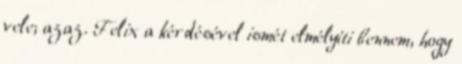
vele; azaz. Felix a kérdésével ismét elmélyíti bennem, hogy